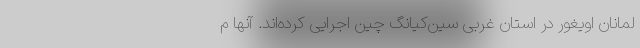
لمانان اویغور در استان غربی سین‌کیانگ چین اجرایی کرده‌اند. آنها م